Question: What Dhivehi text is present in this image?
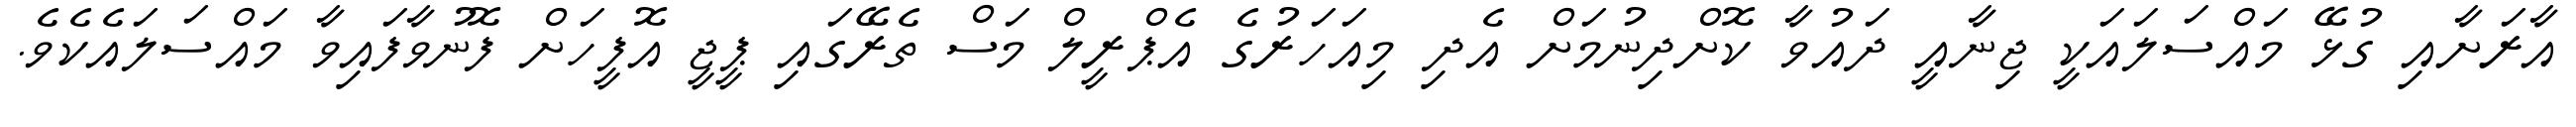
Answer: އާރަށާއި ގުޅޭ މައްސަލައަކީ ޖިނާއީ ދައުވާ ކޮށްދިނުމަށް އެދި މިއަހަރުގެ އެޕްރީލް މަސް ތެރޭގައި ޕީޖީ އޮފީހަށް ފޮނުވާފައިވާ މައްސަލައެކެވެ.